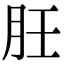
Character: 䏕